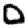
Digit: 0